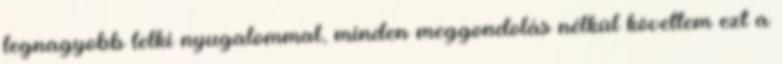
legnagyobb lelki nyugalommal, minden meggondolás nélkül követtem ezt a